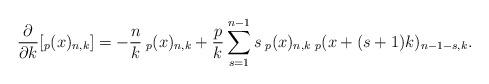
LaTeX: \begin{align*}\frac{\partial}{\partial k}[_{p}(x)_{n,k}]= -\frac{n}{k}\:_{p}(x)_{n,k} + \frac{p}{k}\sum_{s=1}^{n-1}s\:_{p}(x)_{n,k}\: _{p}(x+(s+1)k)_{n-1-s,k}.\end{align*}